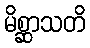
မိစ္ဆာသတိ